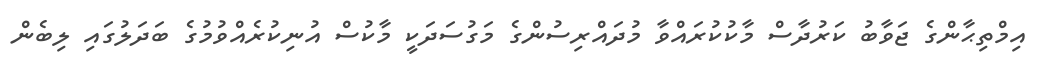
އިމްތިޙާންގެ ޖަވާބު ކަރުދާސް މާކުކުރައްވާ މުދައްރިސުންގެ މަގުސަދަކީ މާކުސް އުނިކުރެއްވުމުގެ ބަދަލުގައި ލިބެން